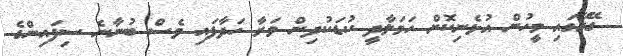
ގޭގޭގައި މީހުން އުޅެނިކޮށް ހަމަލާދީ ކުޑަކުދިން މަރާ ހަދާފައި ވެސް ބުނާނެ ސިފައިންގެ